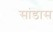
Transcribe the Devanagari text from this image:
सांडास